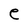
Character: e